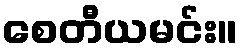
စေတီယမင်း။